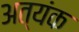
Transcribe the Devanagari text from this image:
अत्यंक